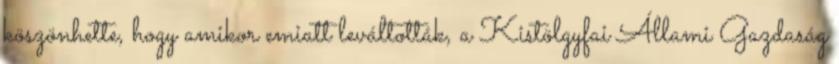
köszönhette, hogy amikor emiatt leváltották, a Kistölgyfai Állami Gazdaság